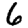
Digit: 6